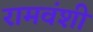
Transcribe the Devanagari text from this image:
रामवंशी